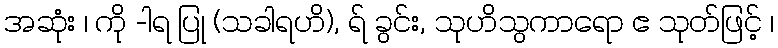
အဆုံး ၊ ကို -ါရ ပြု (သခါရဟိ), ရ် ခွင်း, သုဟိသွကာရော ဧ သုတ်ဖြင့် ၊